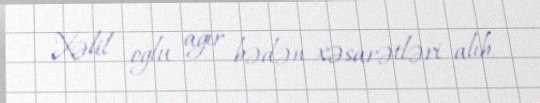
Xəlil oğlu ağır bədən xəsarətləri alıb.